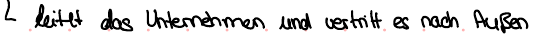
leitet das Unternehmen und vertritt es nach Außen